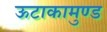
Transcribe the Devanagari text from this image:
ऊटाकामुण्ड